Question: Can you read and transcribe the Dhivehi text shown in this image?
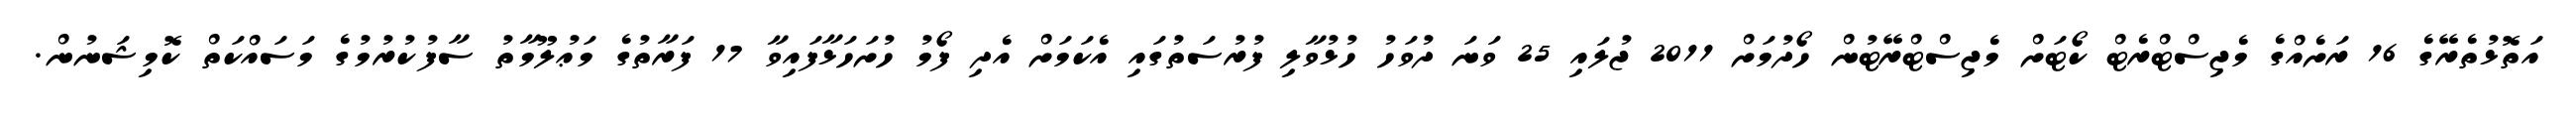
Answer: އަތޮޅުތެރޭގެ 16 ރަށެއްގެ މެޖިސްޓްރެޓް ކޯޓަށް މެޖިސްޓްރޭޓުން ހޯދުމަށް 2011 ޖުލައި 25 ވަނަ ދުވަހު ހުޅުވާލި ފުރުސަތުގައި އެކަމަށް އެދި ފޯމު ހުށަހަޅާފައިވާ 17 ފަރާތުގެ މަޢުލޫމާތު ސާފުކުރުމުގެ މަސައްކަތް ކޮމިޝަނުން.